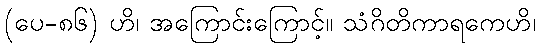
(ပေ-၈၆) ဟိ၊ အကြောင်းကြောင့်။ သံဂိတိကာရကေဟိ၊